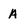
Character: A